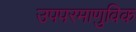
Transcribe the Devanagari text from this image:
उपपरमाणुविक